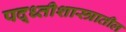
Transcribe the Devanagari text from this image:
पद्ध्तीशास्त्रातील